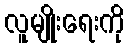
လူမျိုးရေးကို